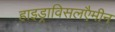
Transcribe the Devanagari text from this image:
हाइड्राविसलएैमीन